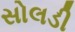
સોલડી